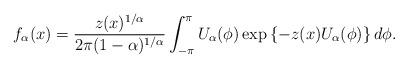
LaTeX: \begin{align*}f_\alpha(x) = \frac{z(x)^{1/\alpha}}{2\pi (1-\alpha)^{1/\alpha}} \int_{-\pi}^\pi U_\alpha(\phi)\exp\left\{-z(x) U_\alpha(\phi)\right\}d\phi.\end{align*}